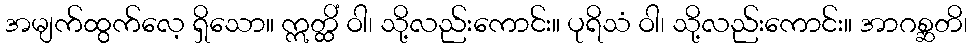
အမျက်ထွက်လေ့ ရှိသော။ ဣတ္ထိံ ဝါ၊ သို့လည်းကောင်း။ ပုရိသံ ဝါ၊ သို့လည်းကောင်း။ အာဂစ္ဆတိ၊